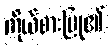
ကိုယ်စားပြု၏